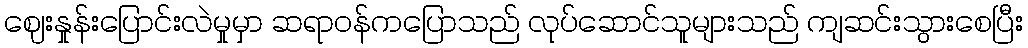
ဈေးနှုန်းပြောင်းလဲမှုမှာ ဆရာဝန်ကပြောသည် လုပ်ဆောင်သူများသည် ကျဆင်းသွားစေပြီး